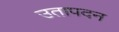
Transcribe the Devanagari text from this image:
उतापदन